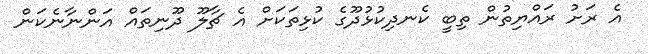
އެ ރަށު ރައްޔިތުން ތިބީ ކެނދިކުޅުދޫގެ ކުޅިތަކަށް އެ ޗާލޫ ދޫނިތައް އަންނާނެކަން